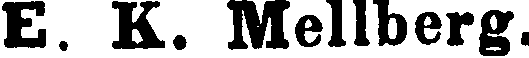
E. K. Mellberg.